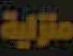
منزلية